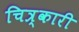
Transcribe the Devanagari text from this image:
चित्र्कारी